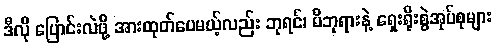
ဒီလို ပြောင်းလဲဖို့ အားထုတ်ပေမယ့်လည်း ဘုရင်၊ မိဘုရားနဲ့ ရှေးရိုးစွဲအုပ်စုများ